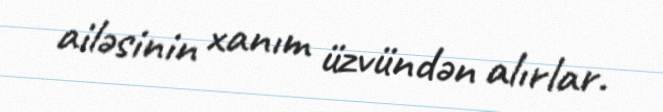
ailəsinin xanım üzvündən alırlar.